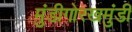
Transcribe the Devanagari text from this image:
मुंडीगोरखमुंडी